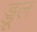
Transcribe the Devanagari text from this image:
ड्डूल